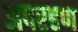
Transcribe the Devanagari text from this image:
अपरहण